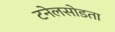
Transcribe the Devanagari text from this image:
टनेलसोडता